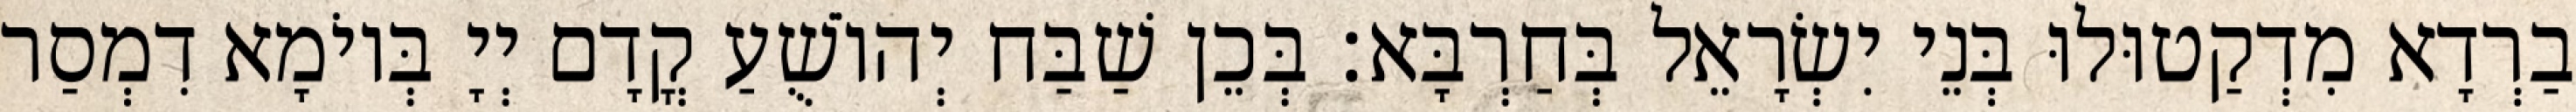
בַרְדָא מִדְקַטוּלוּ בְּנֵי יִשְׂרָאֵל בְּחַרְבָּא׃ בְּכֵן שַׁבַּח יְהוֹשֻׁעַ קֳדָם יְיָ בְּיוֹמָא דִמְסַר